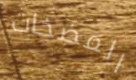
المضخات